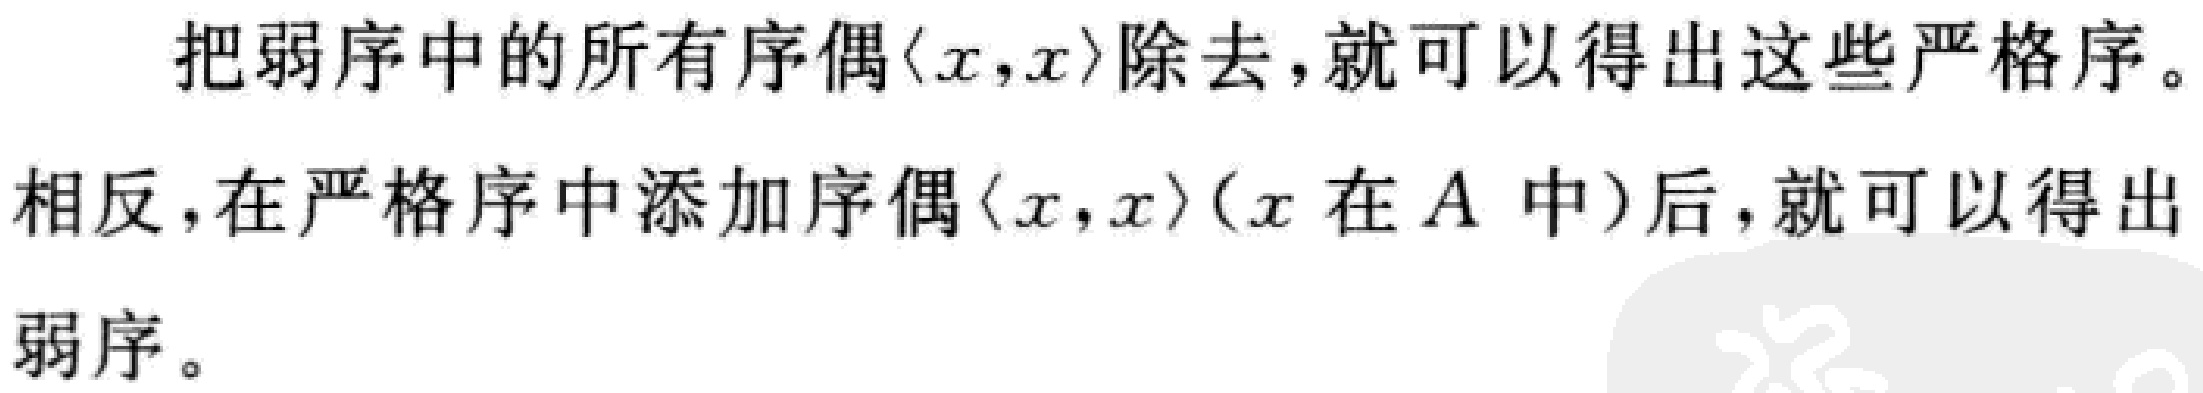
把弱序中的所有序偶\(\langle x,x\rangle\)除去，就可以得出这些严格序。

相反，在严格序中添加序偶\(\langle x,x\rangle\)（\(x\)在\(A\)中）后，就可以得出弱序。